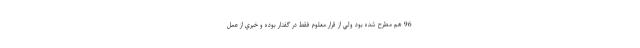
96 هم مطرح شده بود ولي از قرار معلوم فقط در گفتار بوده و خبري از عمل